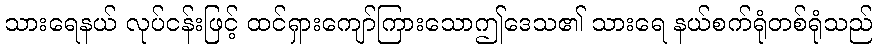
သားရေနယ် လုပ်ငန်းဖြင့် ထင်ရှားကျော်ကြားသောဤဒေသ၏ သားရေ နယ်စက်ရုံတစ်ရုံသည်